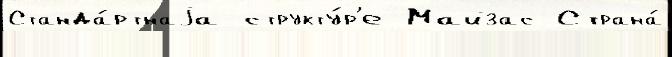
Станда́ртнаjа структу́р'е Майзас Страна́